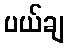
ပယ်ချ